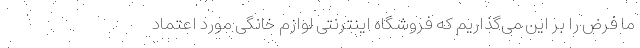
ما فرض را بر این می‌گذاریم که فروشگاه اینترنتی لوازم خانگی مورد اعتماد